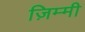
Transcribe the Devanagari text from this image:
ज़िम्मी